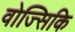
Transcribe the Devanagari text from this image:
वोज्सिकि